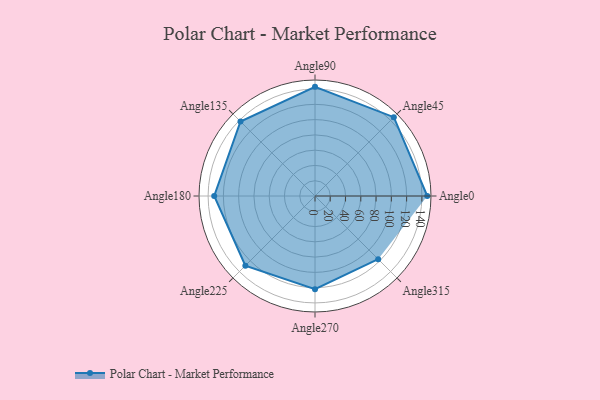
{"axis": {"x": "Angle", "y": "Radius"}, "legend": [""], "data": [{"x": "Angle0", "y": 147.0, "type": ""}, {"x": "Angle45", "y": 146.0, "type": ""}, {"x": "Angle90", "y": 143.0, "type": ""}, {"x": "Angle135", "y": 138.0, "type": ""}, {"x": "Angle180", "y": 132.0, "type": ""}, {"x": "Angle225", "y": 129.0, "type": ""}, {"x": "Angle270", "y": 122.0, "type": ""}, {"x": "Angle315", "y": 117.0, "type": ""}]}